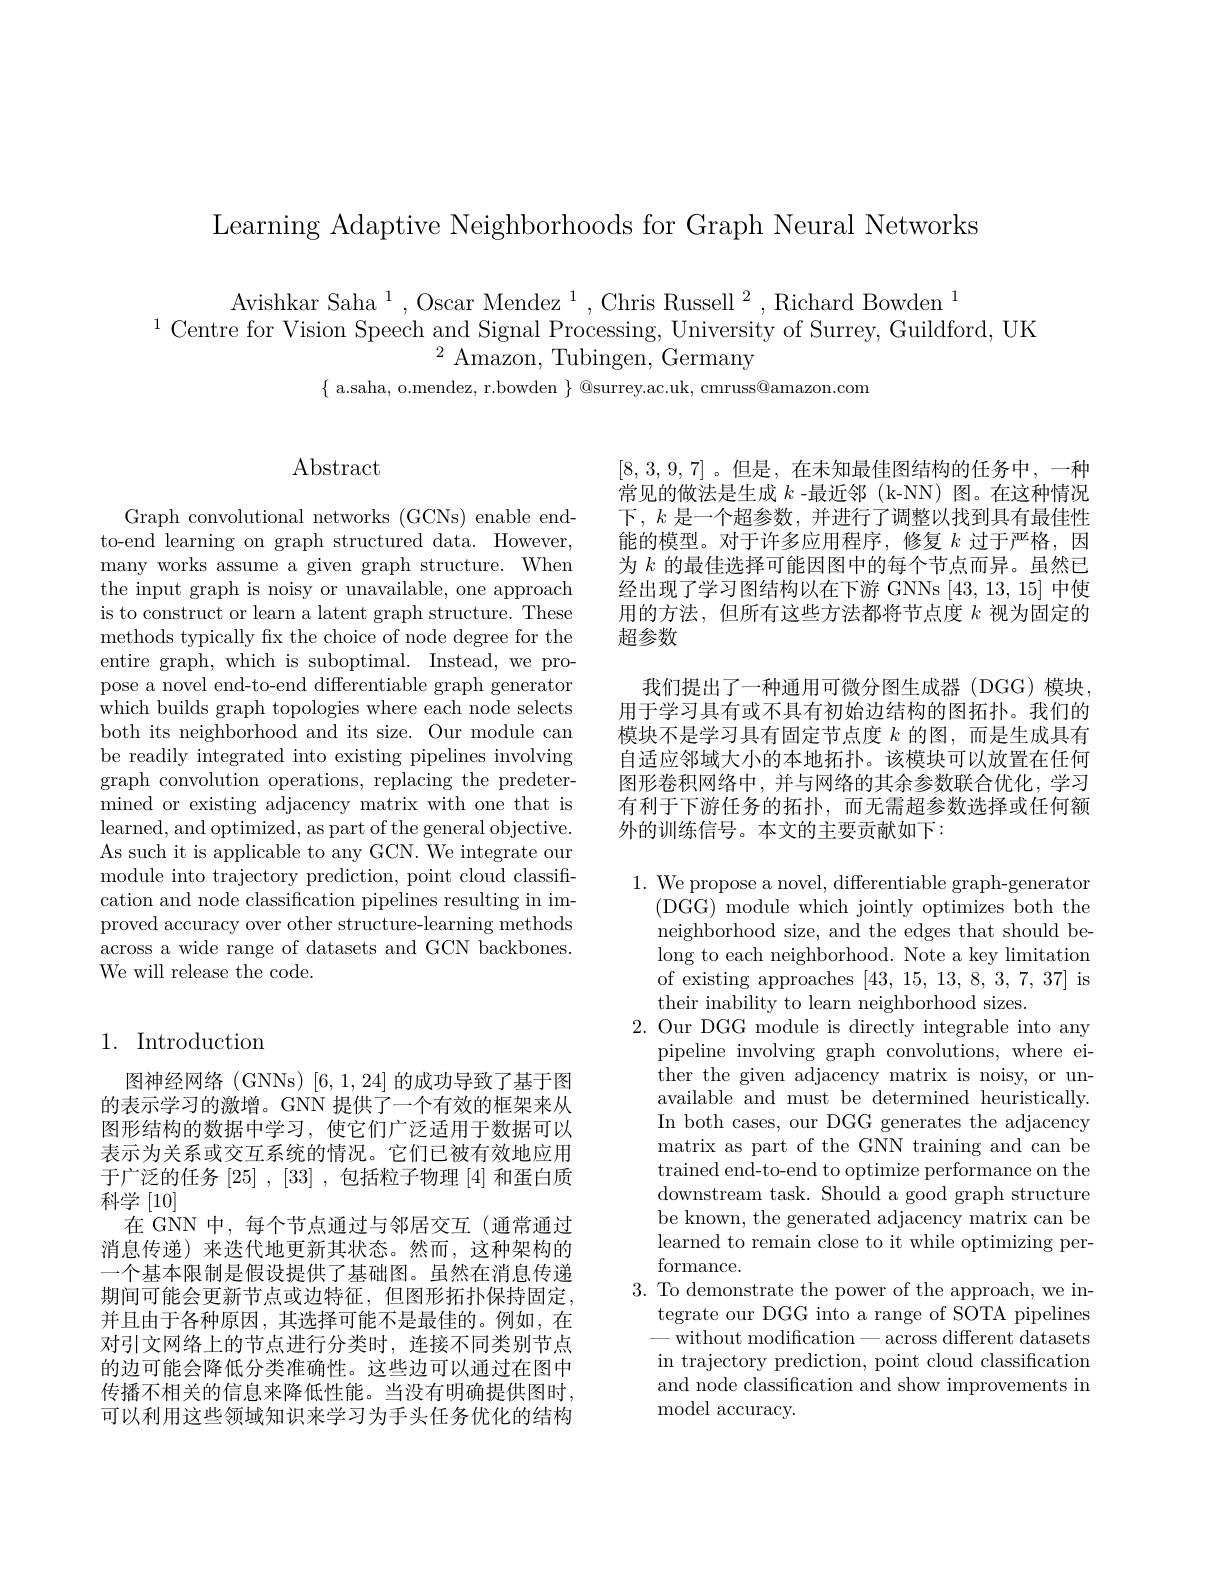
Learning Adaptive Neighborhoods for Graph Neural Networks

Avishkar Saha$^1$,Oscar Mendez$^1$,Chris Russell$^2$,Richard Bowden$^1$
$^{1}$Centre for Vision Speech and Signal Processing, University of Surrey, Guildford, UK
$^{2}{\mathrm{~Amazon,~Tubingen,~Germany}}$
$\{$ a.saha, o.mendez, r.bowden $\}$ @surrey.ac.uk, cmruss@amazon.com

## $\operatorname{Abstract}$

Graph convolutional networks (GCNs) enable endto-end learning on graph structured data. However, many works assume a given graph structure. When the input graph is noisy or unavailable, one approach is to construct or learn a latent graph structure. These methods typically fx the choice of node degree for the entire graph, which is suboptimal. Instead, we propose a novel end-to-end differentiable graph generator which builds graph topologies where each node selects both its neighborhood and its size. Our module can be readily integrated into existing pipelines involving graph convolution operations, replacing the predetermined or existing adjacency matrix with one that is learned, and optimized, as part of the general objective. As such it is applicable to any GCN. We integrate our module into trajectory prediction, point cloud classification and node classification pipelines resulting in improved accuracy over other structure-learning methods across a wide range of datasets and GCN backbones. We will release the code.

## 1. Introduction

图神经网络 (GNNs) [6,1,24] 的成功导致了基于图的表示学习的激增。GNN 提供了一个有效的框架来从图形结构的数据中学习，使它们广泛适用于数据可以表示为关系或交互系统的情况。它们已被有效地应用于广泛的任务[25] , [33] , 包括粒子物理 [4] 和蛋白质科学[10]
在 GNN 中，每个节点通过与邻居交互(通常通过消息传递)来迭代地更新其状态。然而，这种架构的一个基本限制是假设提供了基础图。虽然在消息传递期间可能会更新节点或边特征，但图形拓扑保持固定， 并且由于各种原因，其选择可能不是最佳的。例如，在对引文网络上的节点进行分类时，连接不同类别节点的边可能会降低分类准确性。这些边可以通过在图中传播不相关的信息来降低性能。当没有明确提供图时， 可以利用这些领域知识来学习为手头任务优化的结构

[8,3,9,7]。但是，在未知最佳图结构的任务中，一种常见的做法是生成$k$ -最近邻 (k-NN) 图。在这种情况下，$k$是一个超参数，并进行了调整以找到具有最佳性能的模型。对于许多应用程序，修复$k$过于严格，因为$k$的最佳选择可能因图中的每个节点而异。虽然已经出现了学习图结构以在下游 GNNs [43,13,15]中使用的方法，但所有这些方法都将节点度$k$ 视为固定的超参数

我们提出了一种通用可微分图生成器(DGG)模块， 用于学习具有或不具有初始边结构的图拓扑。我们的模块不是学习具有固定节点度$k$的图，而是生成具有自适应邻域大小的本地拓扑。该模块可以放置在任何图形卷积网络中，并与网络的其余参数联合优化，学习有利于下游任务的拓扑，而无需超参数选择或任何额外的训练信号。本文的主要贡献如下：

1. We propose a novel, differentiable graph-generator
( DGG) module which jointly optimizes both the neighborhood size, and the edges that should belong to each neighborhood. Note a key limitation of existing approaches [43,15,13,8,3,7,37] is their inability to learn neighborhood sizes.
2. Our DGG module is directly integrable into any
pipeline involving graph convolutions, where either the given adjacency matrix is noisy, or unavailable and must be determined heuristically. In both cases, our DGG generates the adjacency matrix as part of the GNN training and can be trained end-to-end to optimize performance on the downstream task. Should a good graph structure be known, the generated adjacency matrix can be learned to remain close to it while optimizing performance.
3. To demonstrate the power of the approach, we in-
tegrate our DGG into a range of SOTA pipelines -without modification-across different datasets in trajectory prediction, point cloud classification and node classification and show improvements in model accuracy.